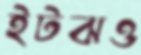
ইটঝও